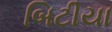
બિટીયા